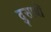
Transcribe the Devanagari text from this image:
दुसाधों